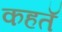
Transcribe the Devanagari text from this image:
कहतॅ